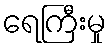
ရေကြီးမှု